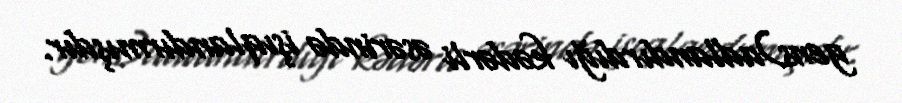
gens)adlandırdığı kədərli əsərində işıqlandırmışdır.